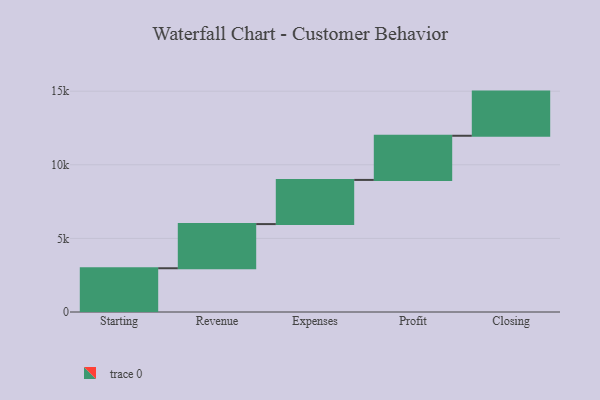
{"axis": {"x": "Step", "y": "Value"}, "legend": [""], "data": [{"x": "Starting", "y": 2972.0, "type": ""}, {"x": "Revenue", "y": 3000, "type": ""}, {"x": "Expenses", "y": 3000, "type": ""}, {"x": "Profit", "y": 3000, "type": ""}, {"x": "Closing", "y": 3000, "type": ""}]}